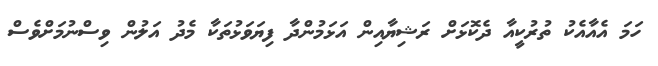
ހަމަ އެއާއެކު ތުރުކީއާ ދެކޮޅަށް ރަޝިޔާއިން އަޅަމުންދާ ފިޔަވަޅުތަކާ މެދު އަލުން ވިސްނުމަށްވެސް